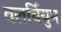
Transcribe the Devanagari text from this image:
वलर्चियुम